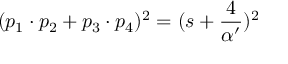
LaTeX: ( p _ { 1 } \cdot p _ { 2 } + p _ { 3 } \cdot p _ { 4 } ) ^ { 2 } = ( s + \frac { 4 } { \alpha ^ { \prime } } ) ^ { 2 }